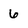
Character: 6